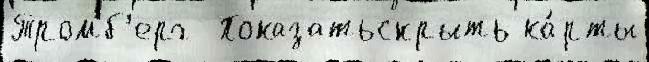
Тромб'ерг  Показатьскрыть ка́рты